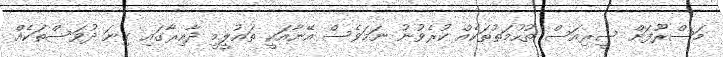
މަސްރޫފަށް ސީރިއަސް ތުހުމަތުތަކެއް ކުރެވުނު ނަމަވެސް އޭނާއަކީ ތައުލީމީ ދާއިރާގައި ގިނަ ދުވަސްތަކެއް